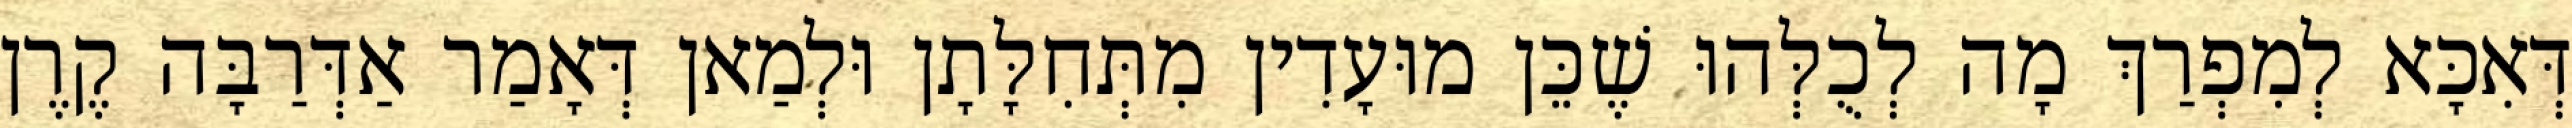
דְּאִכָּא לְמִפְרַךְ מָה לְכֻלְּהוּ שֶׁכֵּן מוּעָדִין מִתְּחִלָּתָן וּלְמַאן דְּאָמַר אַדְּרַבָּה קֶרֶן